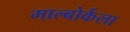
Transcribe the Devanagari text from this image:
माल्बोर्कला